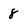
Character: 8